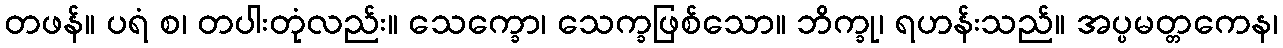
တဖန်။ ပရံ စ၊ တပါးတုံလည်း။ သေက္ခော၊ သေက္ခဖြစ်သော။ ဘိက္ခု၊ ရဟန်းသည်။ အပ္ပမတ္တကေန၊